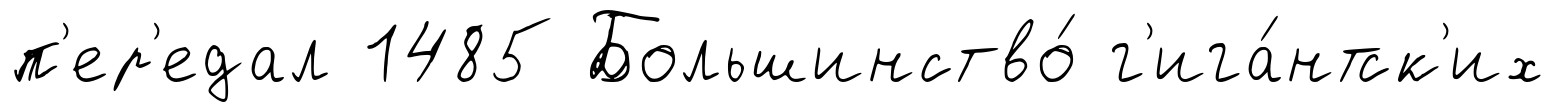
п'ер'едал 1485 Большинство́ г'ига́нтск'их